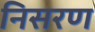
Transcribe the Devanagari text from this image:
निसरण